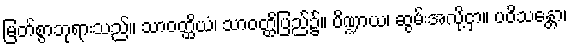
မြတ်စွာဘုရားသည်။ သာဝတ္ထိယံ၊ သာဝတ္ထိပြည်၌။ ပိဏ္ဍာယ၊ ဆွမ်းအလို့ငှာ။ ပဝိသန္တော၊